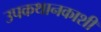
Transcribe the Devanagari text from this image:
उपकथानकाशी